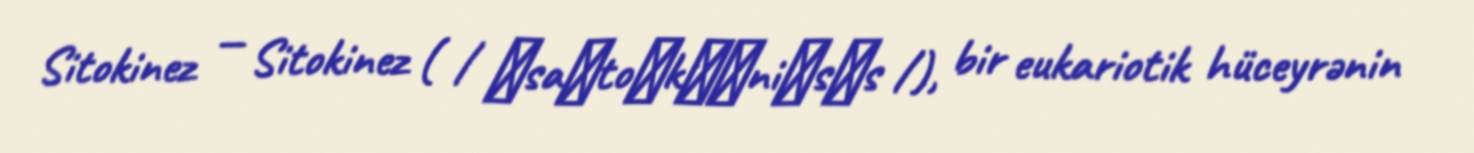
Sitokinez — Sitokinez ( / ˌsaɪtoʊkɪˈniːsɪs /), bir eukariotik hüceyrənin